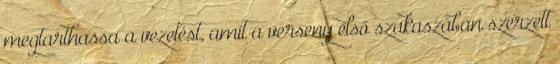
megtarthassa a vezetést, amit a verseny első szakaszában szerzett